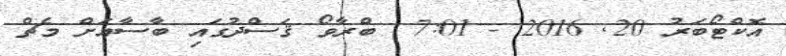
އޮކްޓޯބަރު 20